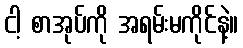
ငါ့ စာအုပ်ကို အရမ်းမကိုင်နဲ့။